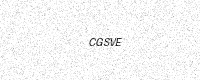
Text: CGSVE